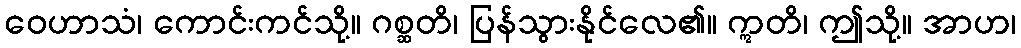
ဝေဟာသံ၊ ကောင်းကင်သို့။ ဂစ္ဆတိ၊ ပြန်သွားနိုင်လေ၏။ ဣတိ၊ ဤသို့။ အာဟ၊